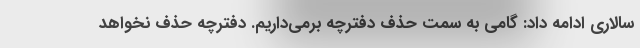
سالاری ادامه داد: گامی به سمت حذف دفترچه برمی‌داریم. دفترچه حذف نخواهد